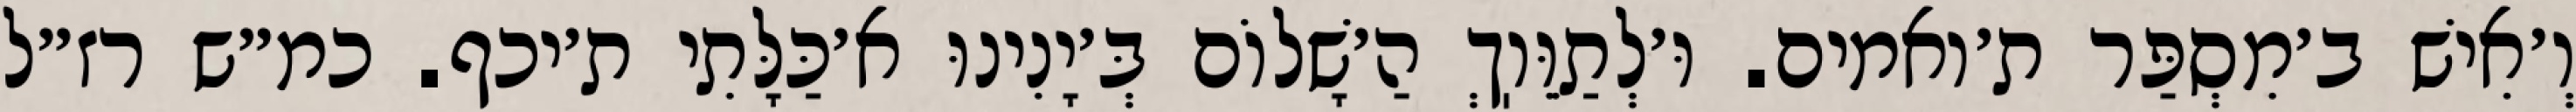
וְ׳אִישׁ ב׳מִסְפַּר ת׳ואמים. וּ׳לְתַוֵּוֽךְ הַ׳שָׁלוֹם בְּ׳יָנִינוּ א׳כַּלָּתִי ת׳יכף. כמ״ש רז״ל